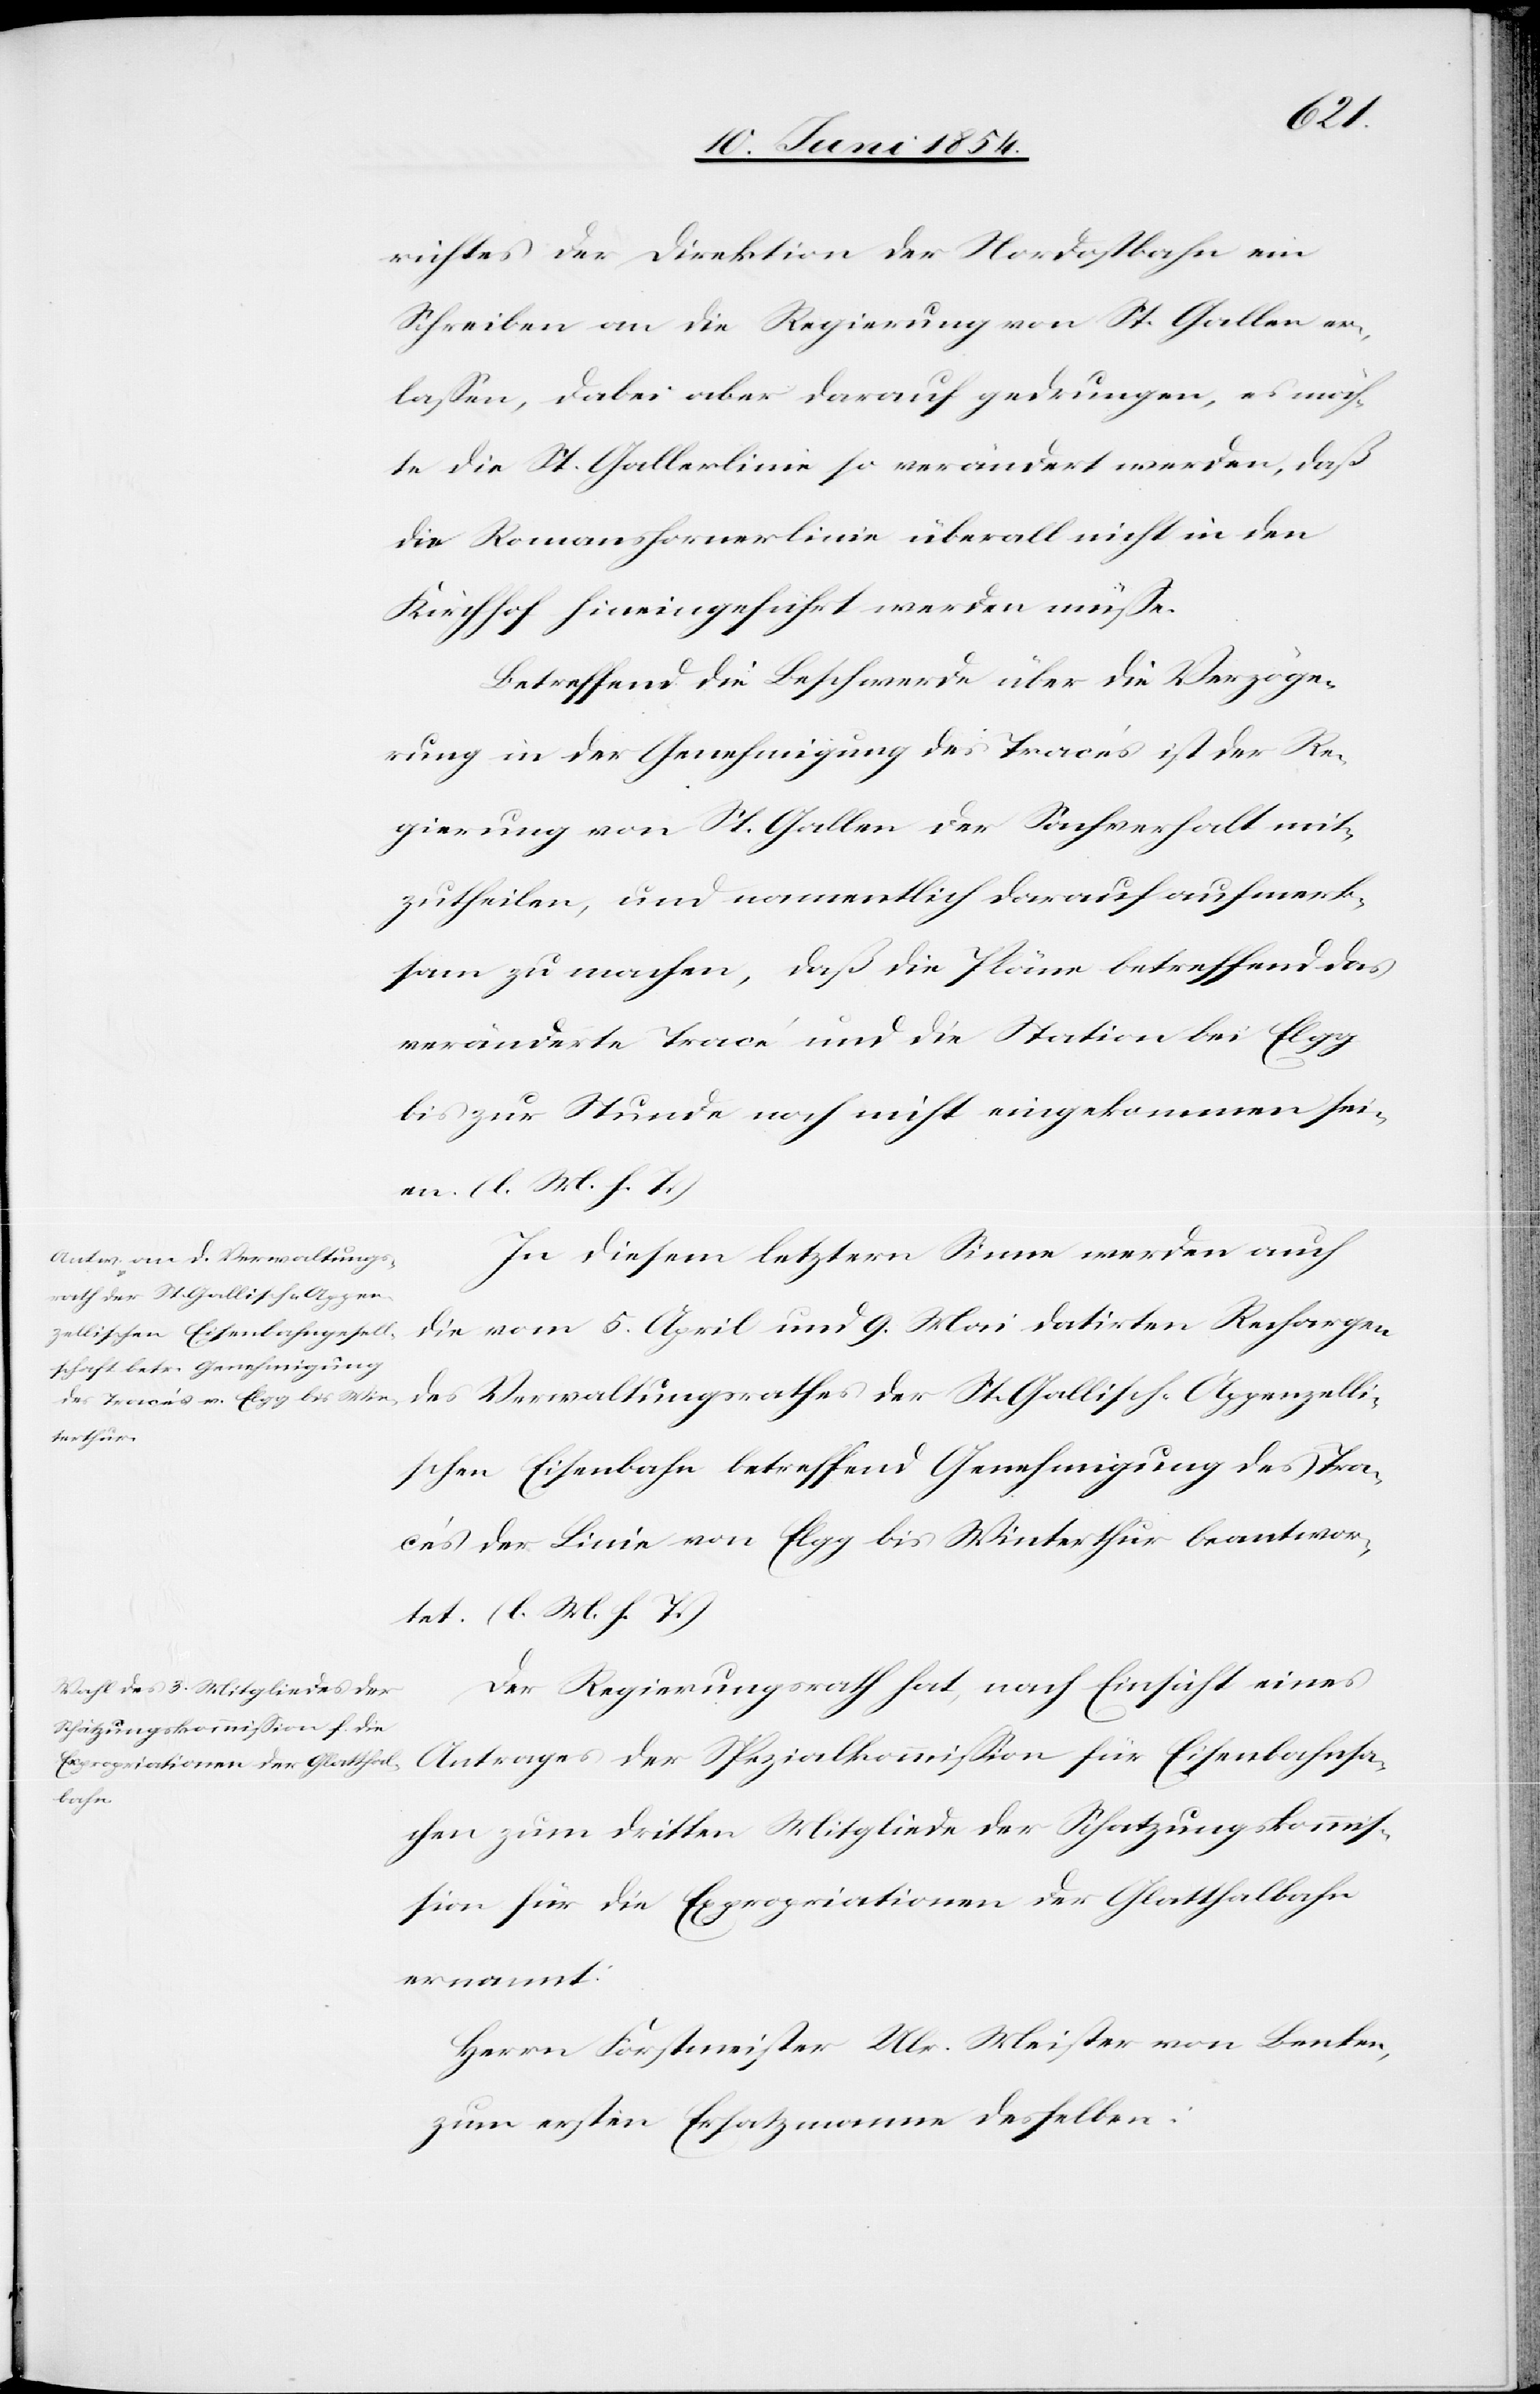
richtes der Direktion der Nordostbahn ein
Schreiben an die Regierung von St. Gallen er¬
laßen, dabei aber drauf gedrungen, es möch¬
te die St. Gallerlinie so verändert werden, daß
die Romanshornerlinie überall nicht in den
Kirchhof hineingeführt werden müße.
Betreffend die Beschwerde über die Verzöge¬
rung in der Genehmigung des Tracés ist der Re¬
gierung von St. Gallen der Sachverhalt mit¬
zutheilen, und namentlich darauf aufmerk¬
sam zu machen, daß die Pläne betreffend das
veränderte Tracé und die Station bei Elgg
bis zur Stunde noch nicht eingekommen sei¬
en. (l. M. h. T.)
In diesem letztern Sinne werden auch
die vom 5. April und 9. Mai datirten Rechargen
des Verwaltungsrathes der St. Gallisch-Appenzelli¬
schen Eisenbahn betreffend Genehmigung des Trac¬
és der Linie von Elgg bis Winterthur beantwor¬
tet. (l. M. h. T.)
Der Regierungsrath hat, nach Einsicht eines
Antrages der Spezialkommißion für Eisenbahnsa¬
chen zum dritten Mitgliede der Schatzungskommiß¬
ion für die Expropriationen der Glatthalbahn
ernannt:
Herrn Forstmeister Ulr. Meister von Benken,
zum ersten Ersatzmanne desselben: